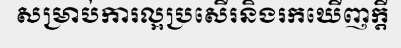
សម្រាប់ការល្អប្រសើរនិងរកឃើញក្តី